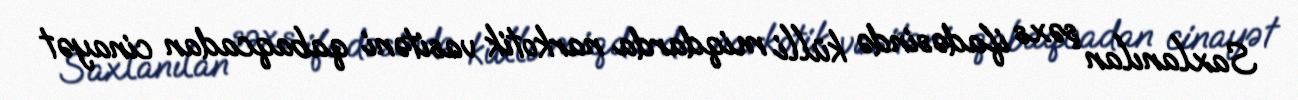
Saxlanılan şəxs ifadəsində külli miqdarda narkotik vasitəni qabaqcadan cinayət